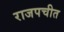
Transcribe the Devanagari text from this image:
राजपचीत